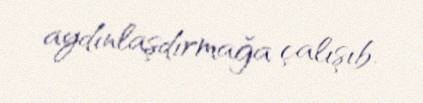
aydınlaşdırmağa çalışıb.